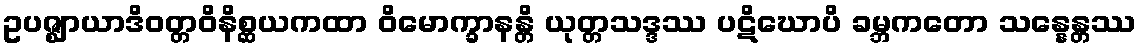
ဥပဇ္ဈာယာဒိဝတ္တဝိနိစ္ဆယကထာ ဝိမောက္ခာနန္တိ ယုတ္တသဒ္ဒဿ ပဋိဃောပိ ခမ္ဘကတော သန္နေန္တဿ